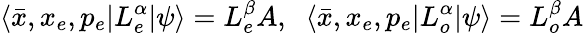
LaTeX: \langle\bar{x},x_{e},p_{e}|L_{e}^{\alpha}|\psi\rangle=L_{e}^{\beta}A,\; \; \langle\bar{x},x_{e},p_{e}|L_{o}^{\alpha}|\psi\rangle=L_{o}^{\beta}A